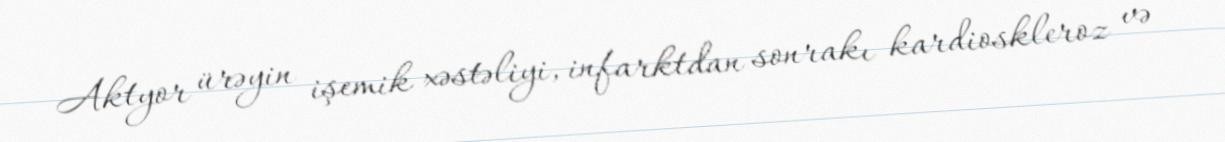
Aktyor ürəyin işemik xəstəliyi, infarktdan sonrakı kardioskleroz və